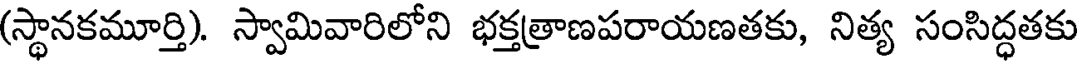
(స్థానకమూర్తి). స్వామివారిలోని భక్తత్రాణపరాయణతకు, నిత్య సంసిద్ధతకు